Lunatic asylums in Bengal annual reports 1912-1924 - 1912-1924
Year: 1912
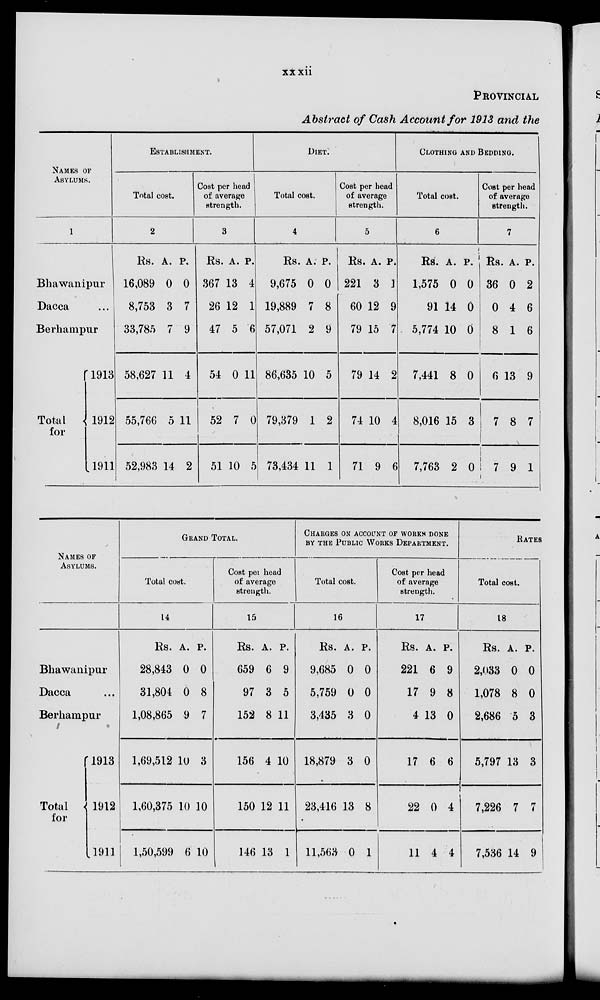
xxxii
PROVINCIAL
Abstract of Cash Account for 1913 and the
NAMES OF
ASYLUMS.
1
Bhawanipur
Dacca ...
Berhampur
Total
for
1913
1912
1911
ESTABLISHMENT.
Total cost.
2
Rs.
16,089
8,753
33,785
58,627
55,766
52,983
A.
0
3
7
11
5
14
P.
0
7
9
4
11
2
Cost per head
of average
strength.
3
Rs.
367
26
47
54
52
51
A.
13
12
5
0
7
10
P.
4
1
6
11
0
5
DIET.
Total cost.
4
Rs.
9,675
19,889
57,071
86,635
79,379
73,434
A.
0
7
2
10
1
11
P.
0
8
9
5
2
1
Cost per head
of average
strength.
5
Rs.
221
60
79
79
74
71
A.
3
12
15
14
10
9
P.
1
9
7
2
4
6
CLOTHING AND BEDDING.
Total cost.
6
Rs.
1,575
91
5,774
7,441
8,016
7,763
A.
0
14
10
8
15
2
P.
0
0
0
0
3
0
Cost per head
of average
strength.
7
Rs.
36
0
8
6
7
7
A.
0
4
1
13
8
9
P.
2
6
6
9
7
1
NAMES OF
ASYLUMS.
Bhawanipur
Dacca ...
Berhampur
Total
for
1913
1912
1911
GRAND TOTAL.
Total cost.
14
Rs.
28,843
31,804
1,08,865
1,69,512
1,60,375
1,50,599
A.
0
0
9
10
10
6
P.
0
8
7
3
10
10
Cost pet head
of average
strength.
15
Rs.
659
97
152
156
150
146
A.
6
3
8
4
12
13
P.
9
5
11
10
11
1
CHARGES ON ACCOUNT OF WORKS DONE
BY THE PUBLIC WORKS DEPARTMENT.
Total cost.
16
Rs.
9,685
5,759
3,435
18,879
23,416
11,563
A.
0
0
3
3
13
0
P.
0
0
0
0
8
1
Cost per head
of average
strength.
17
Rs.
221
17
4
17
22
11
A.
6
9
13
6
0
4
P.
9
8
0
6
4
4
RATES
Total cost.
18
Rs.
2,033
1,078
2,686
5,797
7,226
7,536
A.
0
8
5
13
7
14
P.
0
0
3
3
7
9